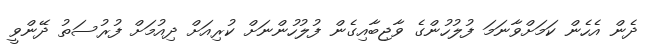
ދެން އެހެން ކަމަށްވާނަމަ ފުލުހުންގެ ވާޖިބާއިގެން ފުލުހުންނަށް ކުރިއަށް ދިއުމަށް ފުރުސަތު ދޭންވީ